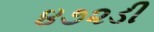
૪૭૨ડી